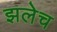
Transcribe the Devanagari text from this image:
झलेच